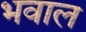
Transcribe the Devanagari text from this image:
भवाल